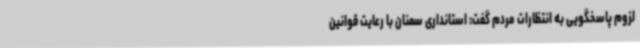
لزوم پاسخگویی به انتظارات مردم گفت‌: استانداری سمنان با رعایت قوانین